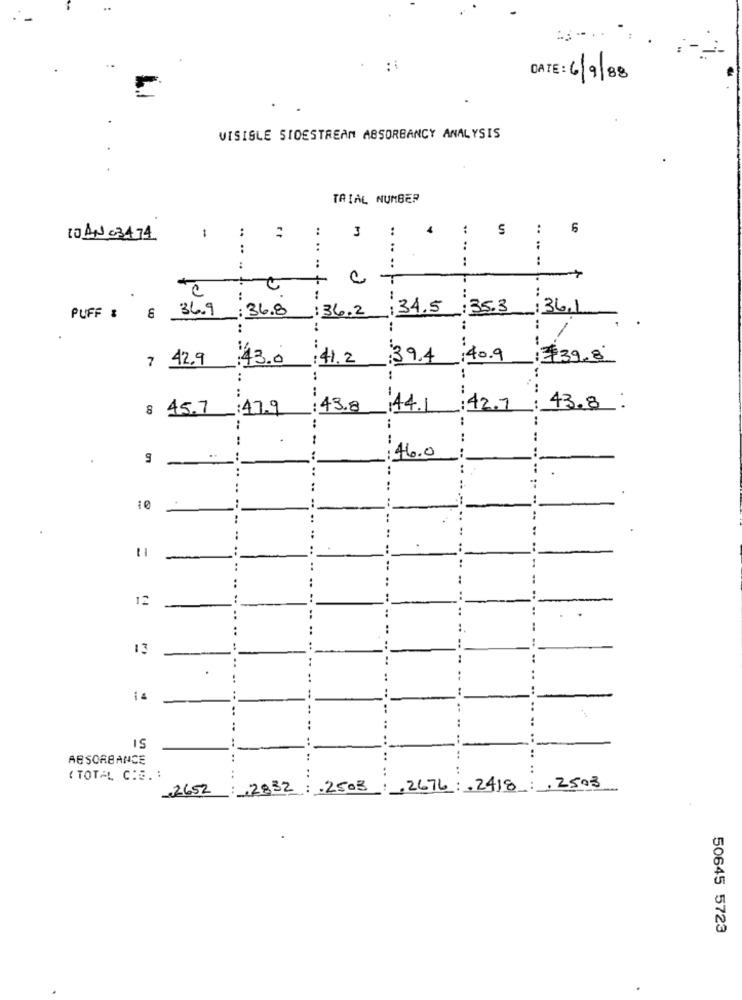
DATE: 6/9/88
VISIBLE SIDESTREAM ABSORBANCY ANALYSIS
TRIAL NUMBER
:
:
3
:
:
S
:
6
10 AN 03474
-
:
:
:
:
:
:
:
:
:
:
T
..
:
:
:
PUFF : 6 36.9 : 36.8 : 36.2: 34.5 :35.3 : 36.1
7 42,9
43.0
:41.2
39.4 40.9 $39.8
..
8 45.7 :47.9
:43.8 44.1 42.7 : 43.8
...
..
:
..
46.0
--
..
10
...
-
-
12
.. ..
..
13
.
..
..
IS
..
ABSORBANCE
..
( TOTAL C:E. :
:
2652 : 2832: 2503 ,2676: 2418 ,2503
50645 5723